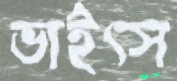
ভাইৎস